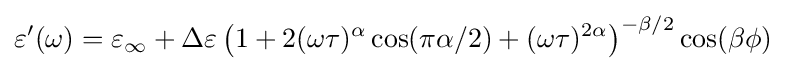
\varepsilon '(\omega )=\varepsilon _{\infty }+\Delta \varepsilon \left(1+2(\omega \tau )^{\alpha }\cos(\pi \alpha /2)+(\omega \tau )^{2\alpha }\right)^{-\beta /2}\cos(\beta \phi )